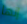
إنها